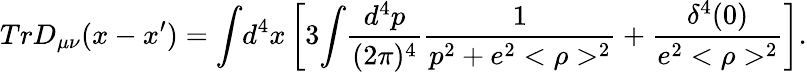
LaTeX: TrD_{\mu\nu}(x-x^{\prime})={\int}d^{4}x\left[3{\int}\frac{d^{4}p}{(2\pi)^{4}}\frac{1}{p^{2}+e^{2}<\rho>^{2}}+\frac{\delta^{4}(0)}{e^{2}<\rho>^{2}}\right].